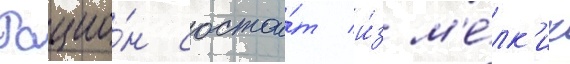
Рацио́н состои́т и́з м'е́лк'их